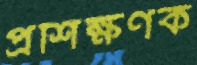
প্রশিক্ষণক